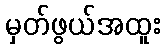
မှတ်ဖွယ်အထူး